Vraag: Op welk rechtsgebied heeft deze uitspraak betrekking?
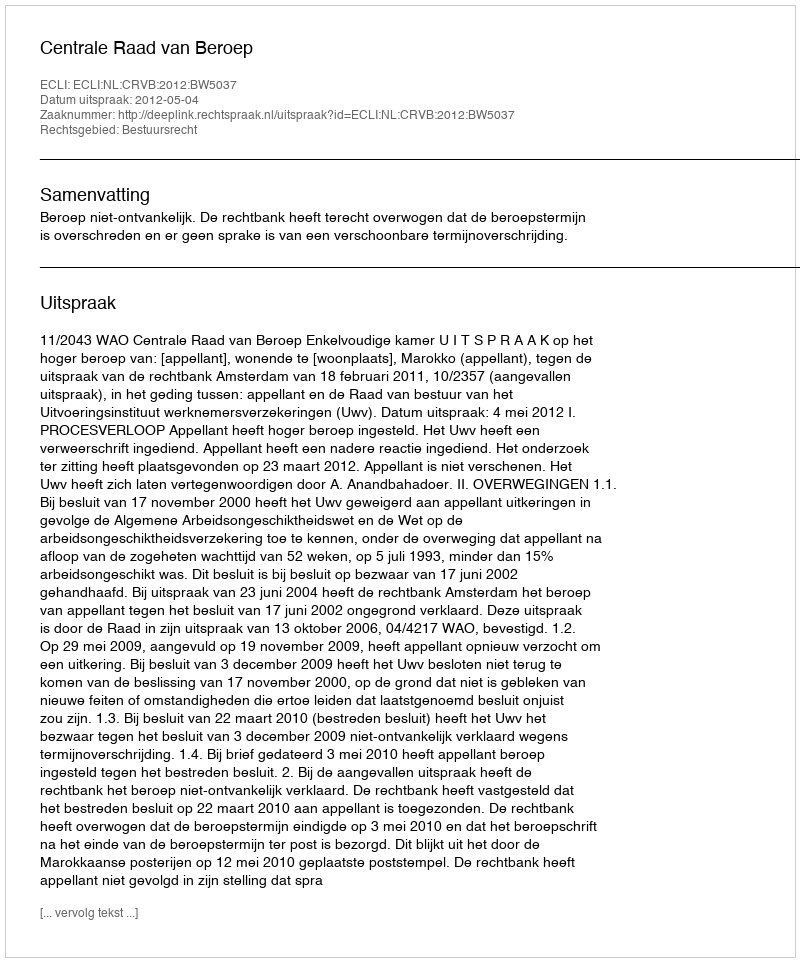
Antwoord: Bestuursrecht